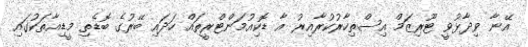
އޭނާ ވިދާޅުވީ ޓޫރިޒަމް އިސްތިހާރުކުރާއިރު އާ ޑޮކިއުމަންޓްރީތައް ހަދައި ބޭރުގެ ބޮޑެތި މީޑިއާތަކުގައި